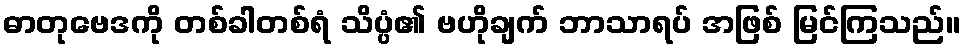
ဓာတုဗေဒကို တစ်ခါတစ်ရံ သိပ္ပံ၏ ဗဟိုချက် ဘာသာရပ် အဖြစ် မြင်ကြသည်။